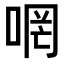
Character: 𠵜